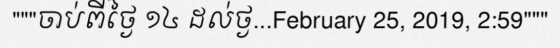
"""ចាប់ពីថ្ងៃ ១៤ ដល់ថ្ង...February 25, 2019, 2:59"""